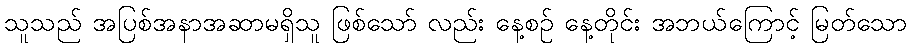
သူသည် အပြစ်အနာအဆာမရှိသူ ဖြစ်သော် လည်း နေ့စဉ် နေ့တိုင်း အဘယ်ကြောင့် မြတ်သော